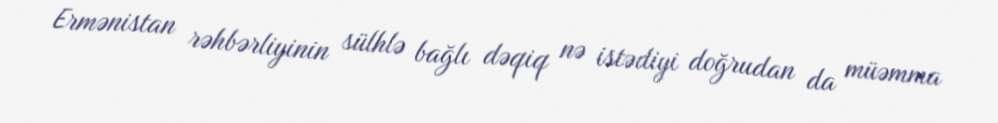
Ermənistan rəhbərliyinin sülhlə bağlı dəqiq nə istədiyi doğrudan da müəmma